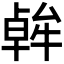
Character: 𪟷